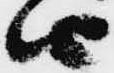
由